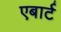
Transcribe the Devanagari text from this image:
एबार्ट